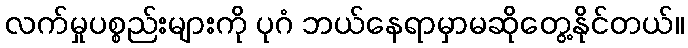
လက်မှုပစ္စည်းများကို ပုဂံ ဘယ်နေရာမှာမဆိုတွေ့နိုင်တယ်။